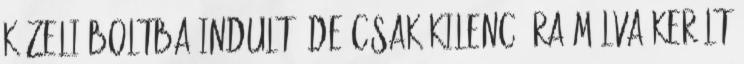
közeli boltba indult, de csak kilenc óra múlva került